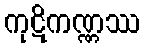
ကုဋိကဏ္ဏဿ